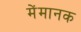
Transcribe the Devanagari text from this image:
मेंमानक